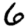
Digit: 6